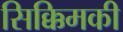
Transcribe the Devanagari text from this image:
सिक्किमकी